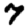
Digit: 7